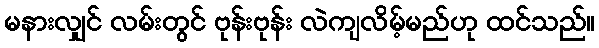
မနားလျှင် လမ်းတွင် ဗုန်းဗုန်း လဲကျလိမ့်မည်ဟု ထင်သည်။